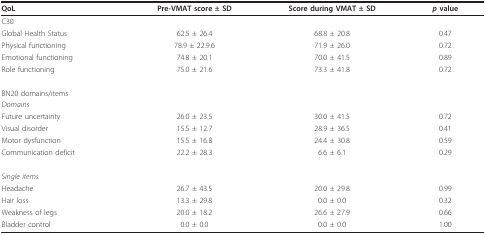
| QoL | Pre-VMAT score ± SD | Score during VMAT ± SD | p value |
 | --- | --- | --- | --- |
 | C30 |  |  |  |
 | Global Health Status | 62.5 ± 26.4 | 68.8 ± 20.8 | 0.47 |
 | Physical functioning | 78.9 ± 22.9.6 | 71.9 ± 26.0 | 0.72 |
 | Emotional functioning | 74.8 ± 20.1 | 70.0 ± 41.5 | 0.89 |
 | Role functioning | 75.0 ± 21.6 | 73.3 ± 41.8 | 0.72 |
 | BN20 domains/items |  |  |  |
 | Domains |  |  |  |
 | Future uncertainty | 26.0 ± 23.5 | 30.0 ± 41.5 | 0.72 |
 | Visual disorder | 15.5 ± 12.7 | 28.9 ± 36.5 | 0.41 |
 | Motor dysfunction | 15.5 ± 16.8 | 24.4 ± 30.8 | 0.59 |
 | Communication deficit | 22.2 ± 28.3 | 6.6 ± 6.1 | 0.29 |
 | Single items |  |  |  |
 | Headache | 26.7 ± 43.5 | 20.0 ± 29.8 | 0.99 |
 | Hair loss | 13.3 ± 29.8 | 0.0 ± 0.0 | 0.32 |
 | Weakness of legs | 20.0 ± 18.2 | 26.6 ± 27.9 | 0.66 |
 | Bladder control | 0.0 ± 0.0 | 0.0 ± 0.0 | 1.00 |